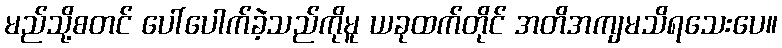
မည်သို့စတင် ပေါ်ပေါက်ခဲ့သည်ကိုမူ ယခုထက်တိုင် အတိအကျမသိရသေးပေ။